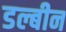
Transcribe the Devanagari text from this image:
डल्बीन